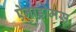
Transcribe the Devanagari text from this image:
ऐनाड्रोमस